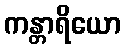
ကန္တာရိယော